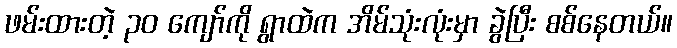
ဖမ်းထားတဲ့ ၃၀ ကျော်ကို ရွာထဲက အိမ်သုံးလုံးမှာ ခွဲပြီး စစ်နေတယ်။